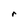
Character: r